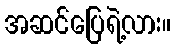
အဆင်ပြေရဲ့လား။